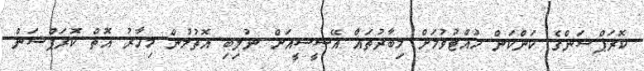
ކޮރަޕްޝަންގެ ކަންކަން ހުއްޓުވުމަށް މިބާރުތައް އޭސީސީއަށް ނުލިބި އޮތުމުން މިހާރު އޮތް ކޮރަޕްޝަން